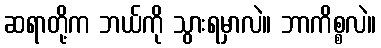
ဆရာတို့က ဘယ်ကို သွားရမှာလဲ။ ဘာကိစ္စလဲ။